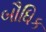
બૌધિક